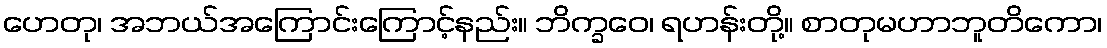
ဟေတု၊ အဘယ်အကြောင်းကြောင့်နည်း။ ဘိက္ခဝေ၊ ရဟန်းတို့။ စာတုမဟာဘူတိကော၊